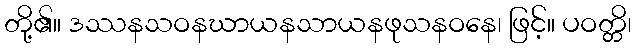
တို့၏။ ဒဿနသဝနဃာယနသာယနဖုသနဝနေ၊ ဖြင့်။ ပဝတ္တိ၊